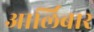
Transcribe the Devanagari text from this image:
आर्लिबार